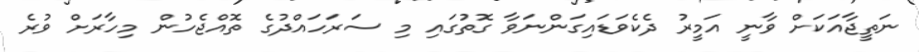
ނަތީޖާއަކަށް ވާނީ އަމީރު ދެކެވަޑައިގަންނަވާ ގޮތުގައި މި ސަރަހައްދުގެ ތޮއްޖެހުން މިހާރަށް ވުރެ